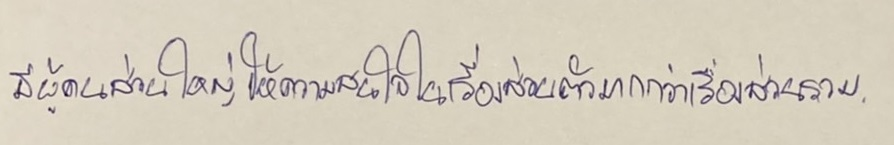
ที่ผู้คนส่วนใหญ่ให้ความสนใจในเรื่องส่วนตัวมากกว่าเรื่องส่วนรวม